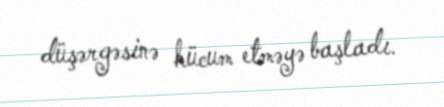
düşərgəsinə hücum etməyə başladı.